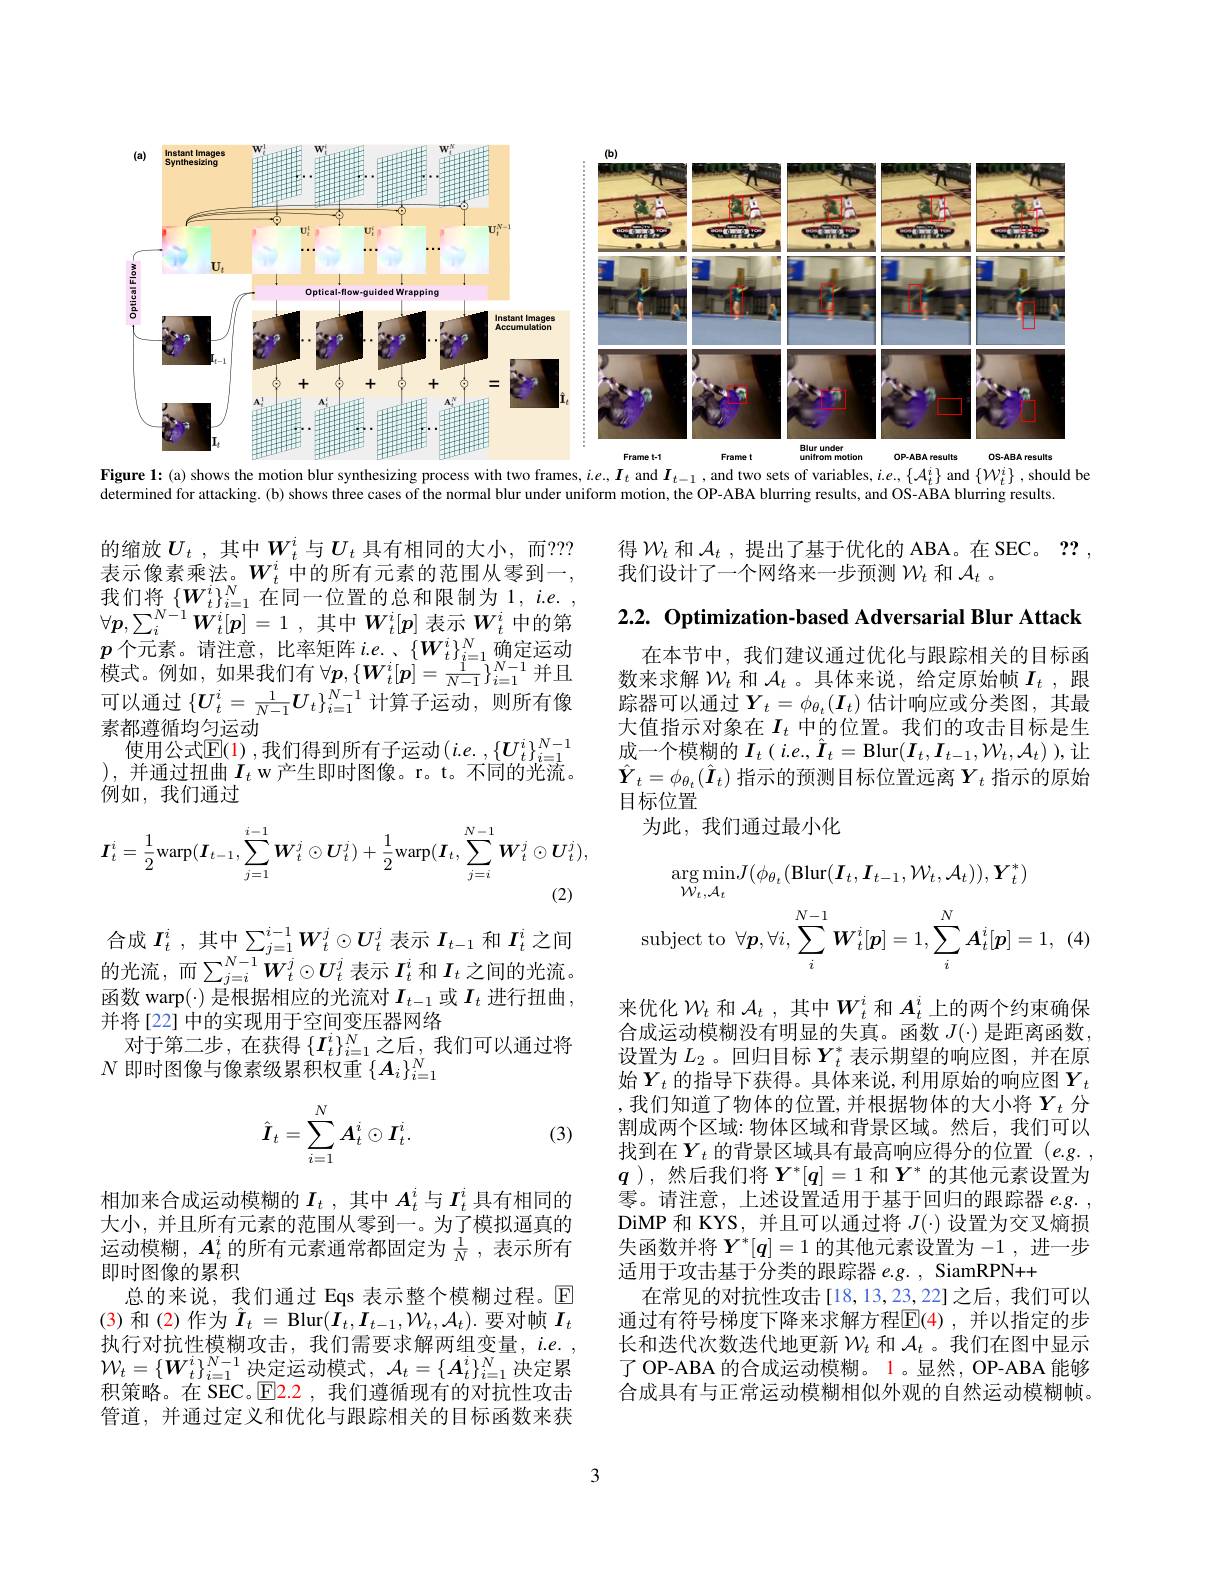
<FigureHere>
Figure 1: (a) shows the motion blur synthesizing process with two frames, $i.e.,\boldsymbol{I}_t$ and $\boldsymbol{I}_t-1$,and two sets of variables, i.e, $\{\mathcal{A}_t^i\}$ and $\{\mathcal{W}_t^i\}$ , should be

determined for attacking. (b) shows three cases of the normal blur under uniform motion, the OP-ABA blurring results, and OS-ABA blurring results

得$\mathcal{W}_t$ 和$\mathcal{A}_t$ ,提出了基于优化的 ABA。在 SEC。??
我们设计了一个网络来一步预测$\mathcal{W}_t$和$\mathcal{A}_t$ 。

$2. 2. \textbf{ Optimization- based Adversarial Blur Attack}$

的缩放$U_t$ ,其中$W_t^i$ 与$U_t$ 具有相同的大小，而？?? 表示像素乘法。$W_t^i$ 中的所有元素的范围从零到一， 我们将$\left\{\boldsymbol{W}_t^i\right\}_{i=1}^N$在同一位置的总和限制为1，$i.e.$, $\forall \boldsymbol{p}, \sum _i^{N- 1}\boldsymbol{W}_t^i[ \boldsymbol{p}] = 1$ , 其 中 $\boldsymbol{W}_t^i[ \boldsymbol{p}]$ 表 示 $\boldsymbol{W}_t^i$ 中 的 第 $\boldsymbol{p}$ 个 元 素 。请 注 意 , 比 率 矩 阵 $i. e.$ 、 $\{ \boldsymbol{W}_t^i\} _{i= 1}^N$ 确 定 运 动 模 式 。例 如 , 如 果 我 们 有 $\forall \boldsymbol{p}, \{ \boldsymbol{W}_t^i[ \boldsymbol{p}] = \frac 1{N- 1}\} _{i= 1}^{N- 1}$ 并 且 可 以 通 过 $\{ \boldsymbol{U}_t^i= \frac 1{N- 1}\boldsymbol{U}_t\} _{i= 1}^{N- 1}$ 计 算 子 运 动 , 则 所 有 像素都遵循均匀运动
使用公式$\mathbb{E}(1)$,我们得到所有子运动$\left(i.e.\right.,\left\{\boldsymbol{U}_t^i\right\}_{i=1}^{N-1}$ )、并通过扭曲$I_{t}$ w 产生即时图像。r。t。个同的光流。例如，我们通过

在本节中，我们建议通过优化与跟踪相关的目标函数来求解$\mathcal{W}_t$和$\mathcal{A}_t$ 。具体来说，给定原始帧$I_t$ ,跟踪器可以通过$\boldsymbol{Y}_t=\phi_{\theta_t}(\boldsymbol{I}_t)$ 估计响应或分类图，其最大值指示对象在$I_t$中的位置。我们的攻击目标是生成一个模糊的$\boldsymbol I_t\left(i.e.,\hat{I}_t=\mathrm{Blur}(\boldsymbol{I}_t,\boldsymbol{I}_{t-1},\mathcal{W}_t,\mathcal{A}_t\right)$),让$\hat{\boldsymbol{Y}}_t=\phi_{\theta_t}(\hat{\boldsymbol{I}}_t)$指示的预测目标位置远离$Y_t$指示的原始目标位置
为此，我们通过最小化
$$I_{t}^{i}=\frac{1}{2}\mathrm{warp}(\boldsymbol{I}_{t-1},\sum_{j=1}^{i-1}\boldsymbol{W}_{t}^{j}\odot\boldsymbol{U}_{t}^{j})+\frac{1}{2}\mathrm{warp}(\boldsymbol{I}_{t},\sum_{j=i}^{N-1}\boldsymbol{W}_{t}^{j}\odot\boldsymbol{U}_{t}^{j}),$$
$$\arg\operatorname*{min}_{\mathcal{W}_{t},\mathcal{A}_{t}}J(\phi_{\theta_{t}}(\mathbf{Blur}(\boldsymbol{I}_{t},\boldsymbol{I}_{t-1},\mathcal{W}_{t},\mathcal{A}_{t})),\boldsymbol{Y}_{t}^{*})\\\mathrm{ubject~to}\:\forall\boldsymbol{p},\forall i,\sum_{i}^{N-1}\boldsymbol{W}_{t}^{i}[\boldsymbol{p}]=1,\sum_{i}^{N}\boldsymbol{A}_{t}^{i}[\boldsymbol{p}]=1,\:($$
合成$I_t^i$ ,其中$\sum_j=1^{i-1}W_t^j\odot U_t^j$表示$I_{t-1}$和$I_t^i$之间的光流，而$\sum_{j=i}^{N-1}\boldsymbol{W}_t^j\odot\boldsymbol{U}_t^j$表示$I_t^i$和$I_t$之间的光流。$函数warp(\cdot)$是根据相应的光流对$I_t-1$或$I_t$进行扭曲， 并将[22] 中的实现用于空间变压器网络
对于第二步，在获得$\{\boldsymbol I_t^i\}_{i=1}^N$之后，我们可以通过将
$N$ 即时图像与像素级累积权重$\left\{A_i\right\}_i=1^N$
$$\hat{\boldsymbol{I}}_t=\sum_{i=1}^NA_t^i\odot I_t^i.$$
(3)

来优化$\mathcal{W}_t$和$\mathcal{A}_t$,其中$W_t^i$和$A_t^i$上的两个约束确保合成运动模糊没有明显的失真。函数$J(\cdot)$是距离函数， 设置为$L_2$。回归目标$Y_t^*$表示期望的响应图，并在原始$\boldsymbol{Y}_t$ 的指导下获得。具体来说，利用原始的响应图$\boldsymbol{Y}_t$ ,我们知道了物体的位置，并根据物体的大小将$Y_t$ 分割成两个区域：物体区域和背景区域。然后，我们可以找到在$Y_t$ 的背景区域具有最高响应得分的位置 $(e.g.$, $q$),然后我们将$Y^*[q]=1$和$Y^*$的其他元素设置为零。请注意，上述设置适用于基于回归的跟踪器$e.g.$, DiMP 和 KYS, 并且可以通过将$J(\cdot)$设置为交叉熵损失函数并将$Y^*[\boldsymbol{q}]=1$的其他元素设置为 -1 ,进一步适用于攻击基于分类的跟踪器 e.g. , SiamRPN++
在常见的对抗性攻击[18,13,23,22]之后，我们可以通过有符号梯度下降来求解方程$\mathbb{E}(4)$,并以指定的步长和迭代次数迭代地更新$\mathcal{W}_t$和$\mathcal{A}_t$ 。我们在图中显示了 OP-ABA 的合成运动模糊。1 。显然，OP-ABA 能够合成具有与正常运动模糊相似外观的自然运动模糊帧。

相加来合成运动模糊的$\boldsymbol{I}_t$ ,其中$A_t^i$与$I_t^i$具有相同的大小，并且所有元素的范围从零到一。为了模拟逼真的运动模糊，$A_t^i$的所有元素通常都固定为$\frac1N$,表示所有即时图像的累积
总的来说，我们通过 Eqs 表示整个模糊过程。$\mathbb{E}$ (3)和(2)作为$\hat{\boldsymbol{I}}_t=$ Blur$(\vec{\boldsymbol{I}}_t,\boldsymbol{I}_{t-1},\mathcal{W}_t,\mathcal{A}_t).$要对帧$I_t$ 执行对抗性模糊攻击，我们需要求解两组变量，$i.e.$, $\mathcal{W} _{t}= \{ \boldsymbol{W}_{t}^{i}\} _{i= 1}^{N- 1}$ 决 定 运 动 模 式 , $\mathcal{A} _{t}= \{ \boldsymbol{A}_{t}^{i}\} _{i= 1}^{N}$决 定 累 和 尔 略 $= \{ \boldsymbol{W}_{t}^{i}\} _{i= 1}^{N- 1}$ 决 定 运 动 模 式 , $\mathcal{A} _{t}= \{ \boldsymbol{A}_{t}^{i}\} _{i= 1}^{N}$决 定 累积策略。在 SEC。$\overline{\mathrm{E}}$2.2,我们遵循现有的对抗性攻击管道，并通过定义和优化与跟踪相关的目标函数来获

3